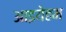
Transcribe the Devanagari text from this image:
आइयेहम